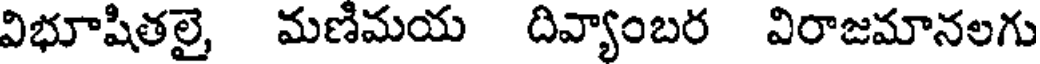
విభూషితలై, మణిమయ దివ్యాంబర విరాజమానలగు